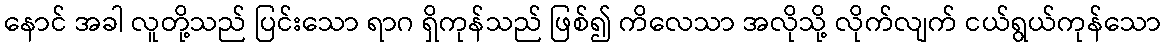
နောင် အခါ လူတို့သည် ပြင်းသော ရာဂ ရှိကုန်သည် ဖြစ်၍ ကိလေသာ အလိုသို့ လိုက်လျက် ငယ်ရွယ်ကုန်သော